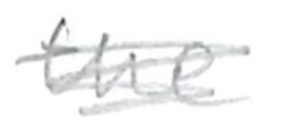
Text: the
Cross-out: scratch
Writing tool: pencil